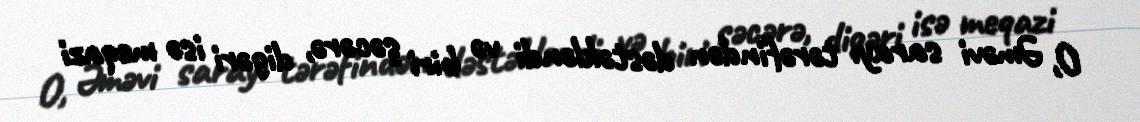
O, Əməvi sarayı tərəfindən dəstəkləndi və biri şəcərə, digəri isə meqazi